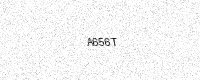
Text: A656T